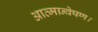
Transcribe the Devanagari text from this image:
आत्मान्वेषण।